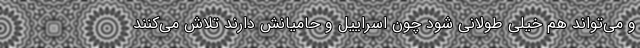
و می‌تواند هم خیلی طولانی شود چون اسراییل و حامیانش دارند تلاش می‌کنند